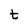
Character: t